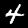
Digit: 4